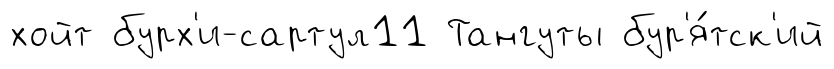
хойт бурх'и-сартул11 Тангуты бур'я́тск'ий